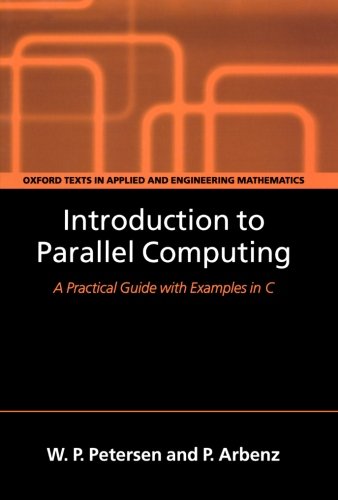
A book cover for Introduction to Parallel Computing (Oxford Texts in Applied and Engineering Mathematics); W. P. Petersen; Computers & Technology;